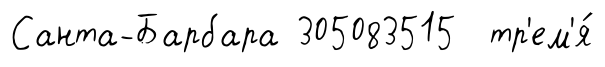
Санта-Барбара 305083515 тр'ем'я́